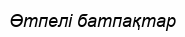
Өтпелі батпақтар